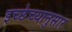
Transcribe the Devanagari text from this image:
इच्छेच्यानुसार